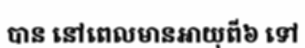
បាន នៅពេលមានអាយុពី៦ ទៅ